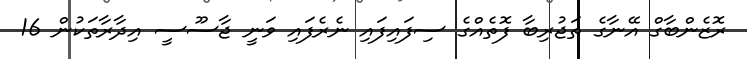
ރޮޒެންބާގް އޭނާގެ ތަޖުރިބާ ފޮތެއްގެ ސިފައިފައި ނެރެފައި ވަނީ ޖާސޫސީ އިދާރާތަކުން 16